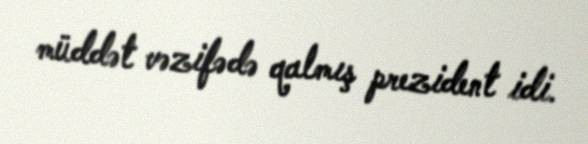
müddət vəzifədə qalmış prezident idi.